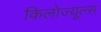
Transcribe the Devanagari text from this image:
किलोज्यूल्स